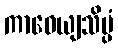
ကာဝေယျသိပ္ပံ